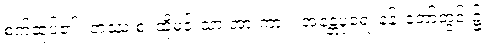
စက်ဆုပ်၏။ တဿ စ၊ ထိုမင်းသားအားကား။ အန္တေပုရေ၊ နန်းတော်တွင်း၌။